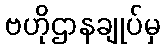
ဗဟိုဌာနချုပ်မှ